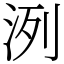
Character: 洌